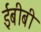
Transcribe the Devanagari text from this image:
ईबीबी